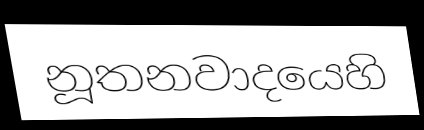
නූතනවාදයෙහි